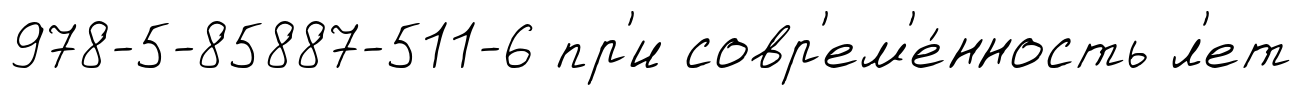
978-5-85887-511-6 пр'и совр'ем'е́нность л'ет